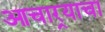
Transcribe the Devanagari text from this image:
आचार्‍याचा